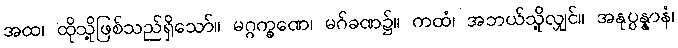
အထ၊ ထိုသို့ဖြစ်သည်ရှိသော်။ မဂ္ဂက္ခဏေ၊ မဂ်ခဏ၌။ ကထံ၊ အဘယ်သို့လျှင်။ အနုပ္ပန္နာနံ၊